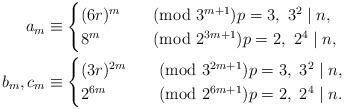
LaTeX: \begin{align*}a_m &\equiv\begin{cases} (6r)^m& \pmod{3^{m+1}} p = 3,~ 3^2 \mid n,\\8^m& \pmod{2^{3m+1}} p = 2,~ 2^4 \mid n,\end{cases} \\ b_m,c_m &\equiv \begin{cases} (3r)^{2m}&\pmod{3^{2m+1}} p = 3,~ 3^2 \mid n,\\2^{6m} &\pmod{2^{6m+1}}p = 2,~ 2^4 \mid n.\end{cases}\end{align*}